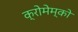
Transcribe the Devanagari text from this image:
क्रोमेम्को